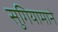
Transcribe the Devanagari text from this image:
सुगियामाने